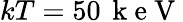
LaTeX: kT=50\, \mathrm{~k~e~V~}